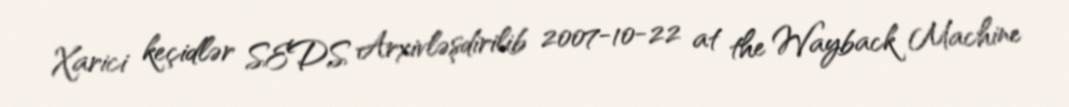
Xarici keçidlər SEDS Arxivləşdirilib 2007-10-22 at the Wayback Machine